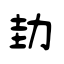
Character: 劸